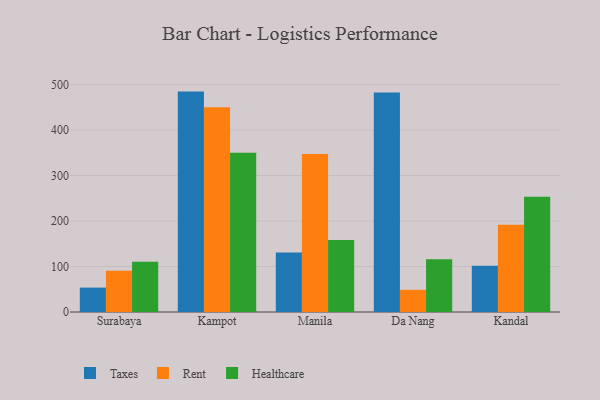
{"axis": {"x": "City", "y": "Headcount"}, "legend": ["Healthcare", "Rent", "Taxes"], "data": [{"x": "Surabaya", "y": 53.6, "type": "Taxes"}, {"x": "Surabaya", "y": 90.6, "type": "Rent"}, {"x": "Surabaya", "y": 110.5, "type": "Healthcare"}, {"x": "Kampot", "y": 484.4, "type": "Taxes"}, {"x": "Kampot", "y": 450.2, "type": "Rent"}, {"x": "Kampot", "y": 349.9, "type": "Healthcare"}, {"x": "Manila", "y": 130.7, "type": "Taxes"}, {"x": "Manila", "y": 347.3, "type": "Rent"}, {"x": "Manila", "y": 158.2, "type": "Healthcare"}, {"x": "Da Nang", "y": 482.3, "type": "Taxes"}, {"x": "Da Nang", "y": 48.8, "type": "Rent"}, {"x": "Da Nang", "y": 116.2, "type": "Healthcare"}, {"x": "Kandal", "y": 101.7, "type": "Taxes"}, {"x": "Kandal", "y": 191.9, "type": "Rent"}, {"x": "Kandal", "y": 253.2, "type": "Healthcare"}]}